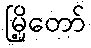
မြို့တော်